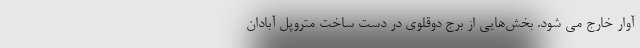
آوار خارج می شود. بخش‌هایی از برج دوقلوی در دست ساخت متروپل آبادان